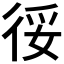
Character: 𢓰